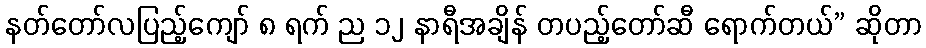
နတ်တော်လပြည့်ကျော် ၈ ရက် ည ၁၂ နာရီအချိန် တပည့်တော်ဆီ ရောက်တယ်” ဆိုတာ